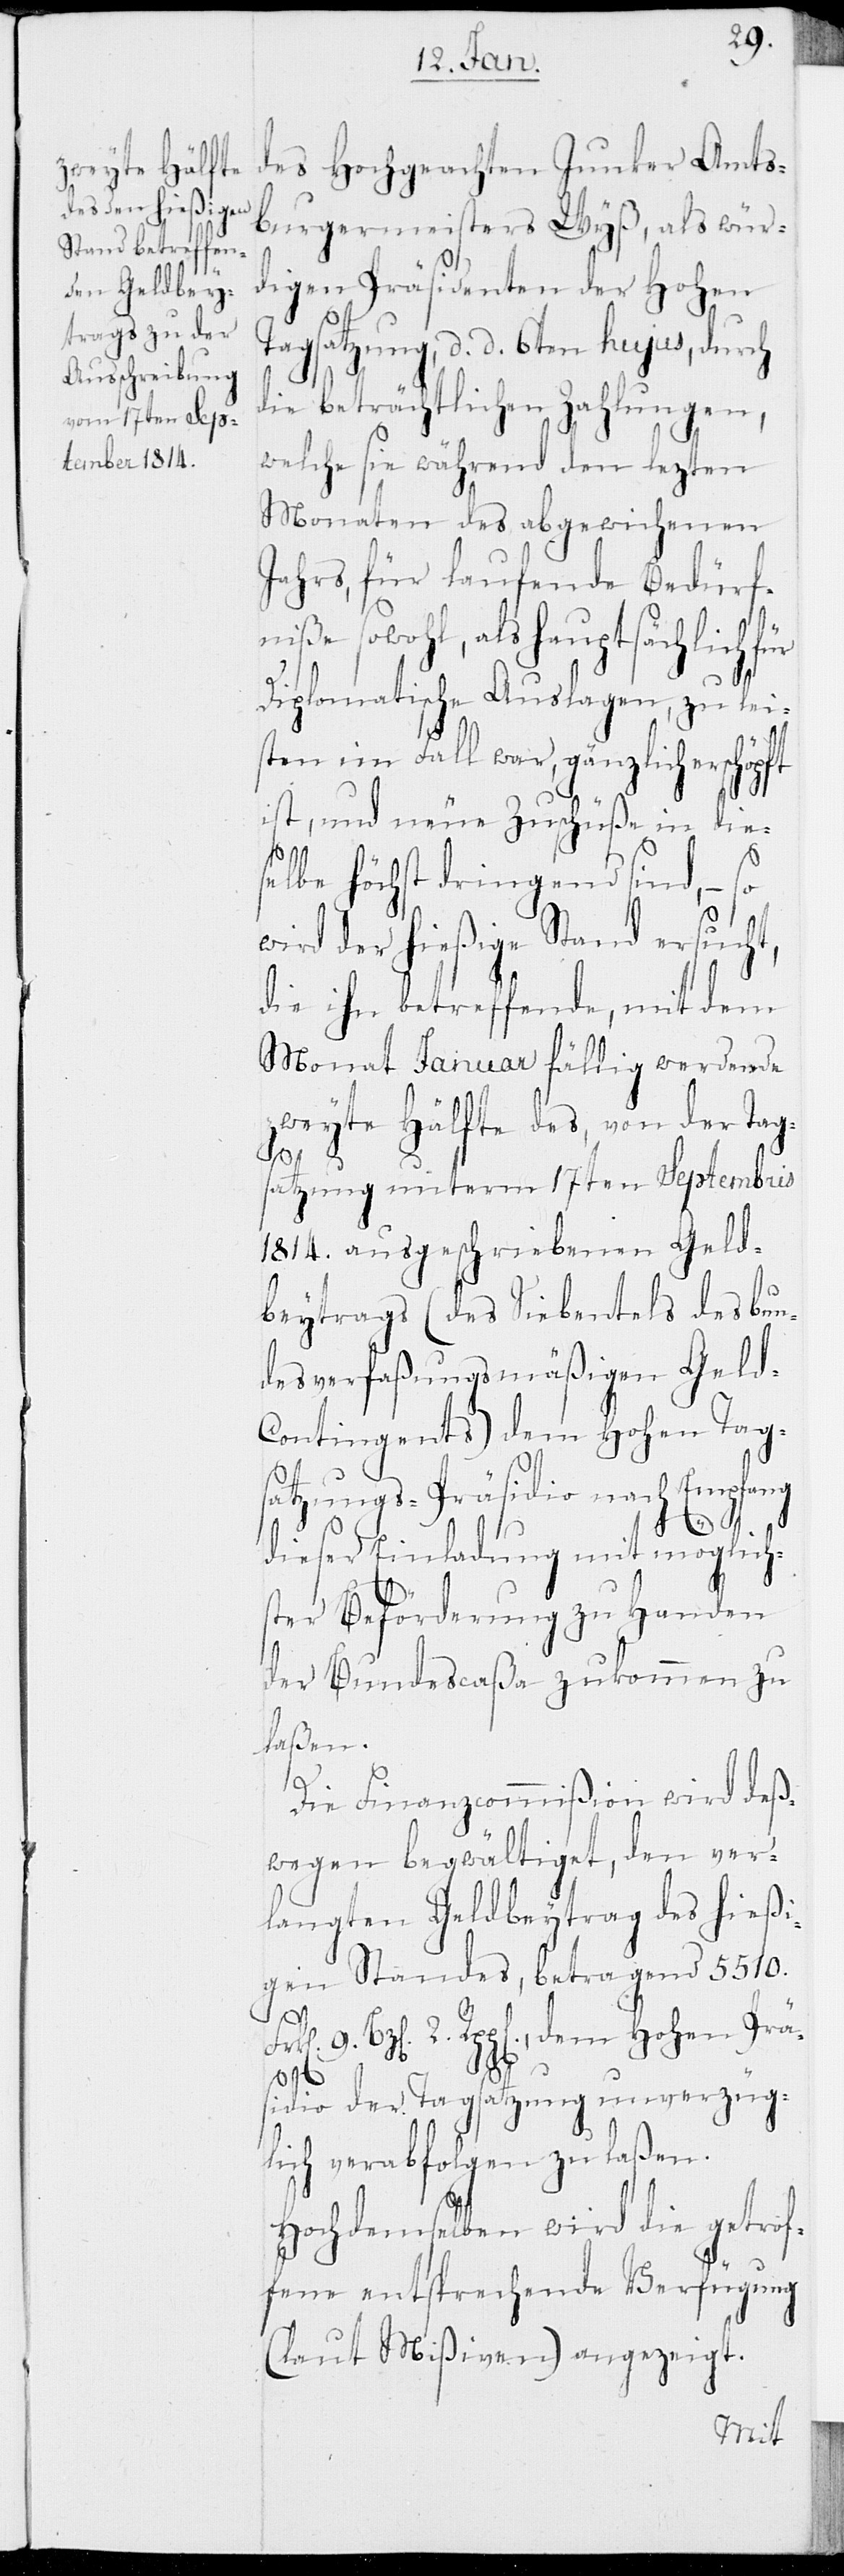
des hochgeachten Junker Amts¬
burgermeisters Wyß, als wür¬
digen Präsidenten der hohen
Tagsatzung, d. d. 6ten hujus, durch
die beträchtlichen Zahlungen,
welche sie während den lezten
Monaten des abgewichenen
Jahrs, für laufende Bedürf¬
niße sowohl, als hauptsächlich
diplomatische Auslagen, zu lei¬
sten im Fall war, gänzlich erschöpft
ist, und neue Zuschüße in die¬
selbe höchst dringend sind, – so
wird der hießige Stand ersucht,
die ihn betreffende, mit dem
Monat Januar fällig werdende
zweyte Hälfte des, von der Tag¬
satzung unterm 17ten Septembris
1814 ausgeschriebenen Geld¬
beytrags (des Siebentels des bun¬
desverfaßungsmäßigen Geld-C¬
ontingents) dem hohen Tag¬
satzungs-Präsidio nach Empfang
dieser Einladung mit möglich¬
ster Beförderung zu Handen
der Bundescaßa zukommen zu
laßen.
Die Finanzcommißion wird deß¬
wegen begwältiget, den ver¬
langten Geldbeytrag des hießi¬
gen Standes, betragend 5510.
2.
Rpp[en]., dem hohen Präs¬
idio der Tagsatzung unverzüg¬
lich verabfolgen zu laßen.
Hochdemselben wird die getrof¬
fene entsprechende Verfügung
(laut Mißiven) angezeigt.